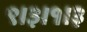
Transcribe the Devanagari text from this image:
९।३।१।३